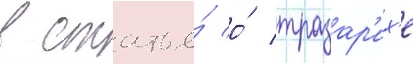
В статье́ о́ тразар'их'е